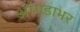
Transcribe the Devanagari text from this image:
आंगडाभर